Language: tamil
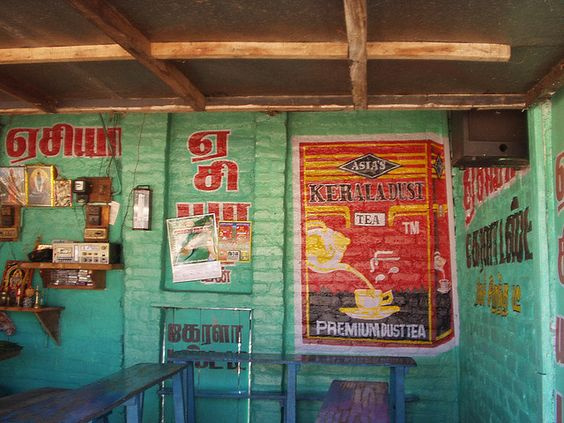
Transcription: ஏசியா கேரளா ஏ சி